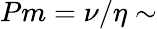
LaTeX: Pm=\nu/\eta\sim